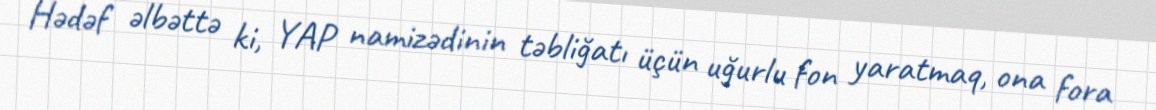
Hədəf əlbəttə ki, YAP namizədinin təbliğatı üçün uğurlu fon yaratmaq, ona fora